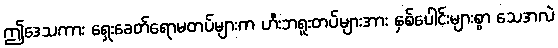
ဤဒေသကား ရှေးခေတ်ရောမတပ်များက ဟီးဘရူးတပ်များအား နှစ်ပေါင်းများစွာ သေအလဲ